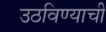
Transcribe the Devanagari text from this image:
उठविण्याची